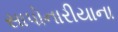
સાપોનારીયાના